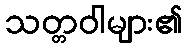
သတ္တဝါများ၏